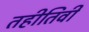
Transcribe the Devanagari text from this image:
तहीतिवी